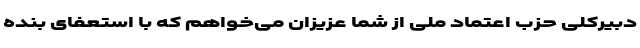
دبیرکلی حزب اعتماد ملی از شما عزیزان می‌خواهم که با استعفای بنده